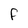
Character: F